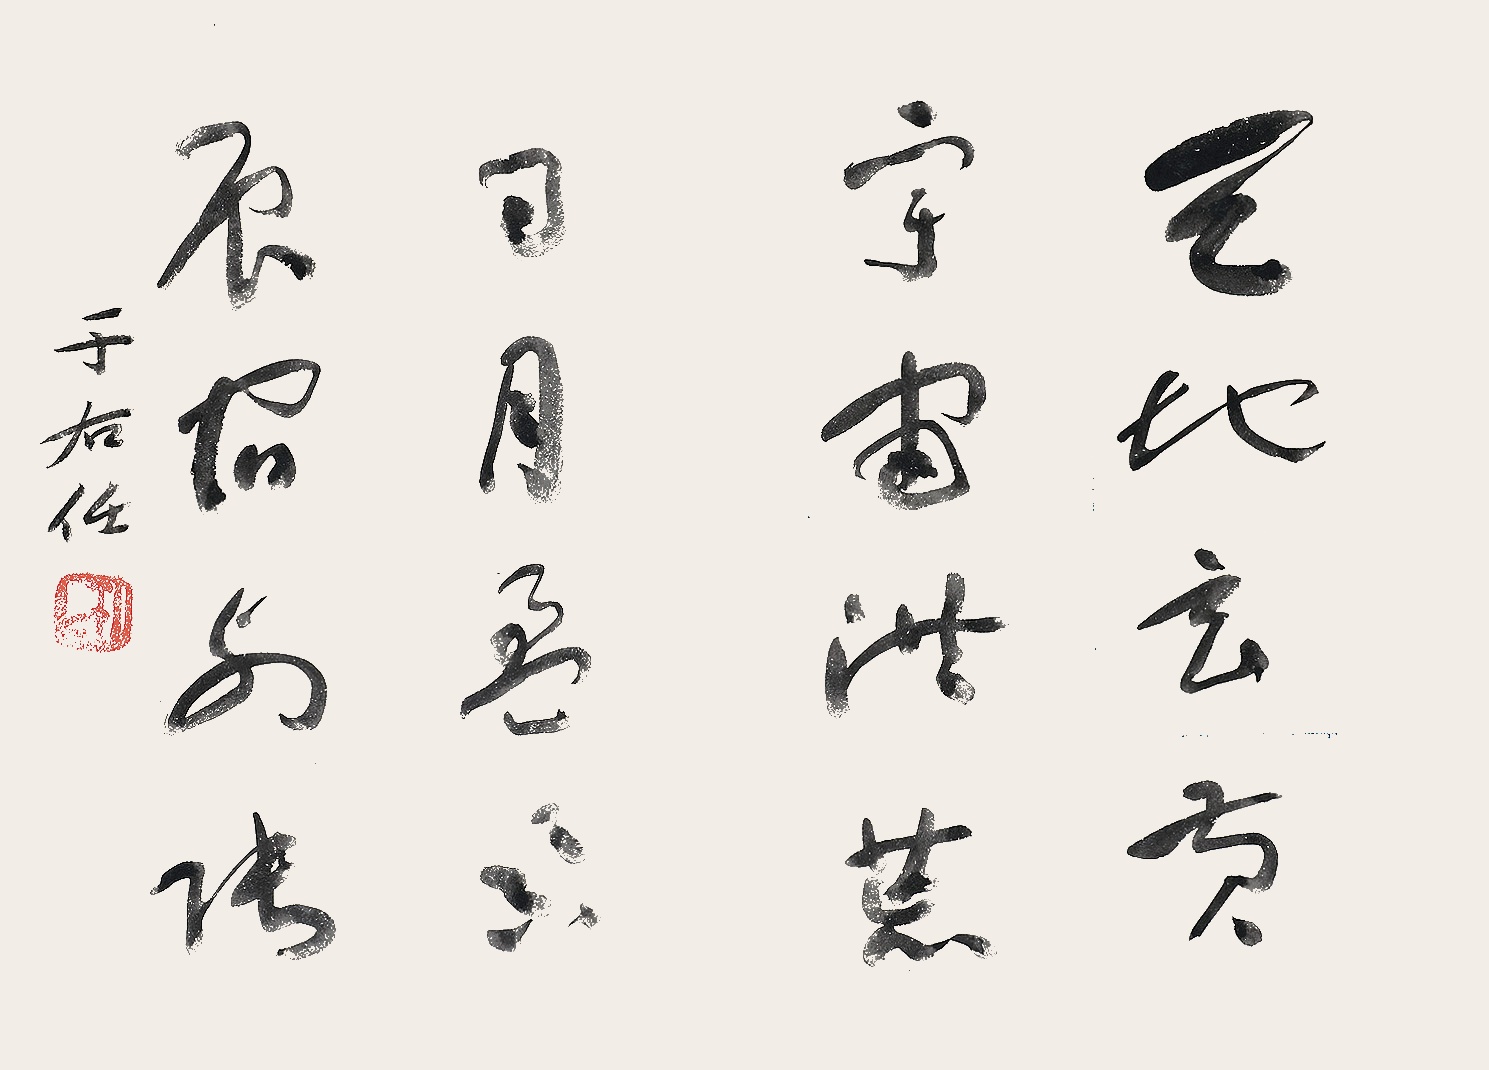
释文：天地玄黄，宇宙洪荒。日月盈昃，辰宿列张。于右任。